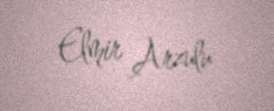
Elmir Arzulu